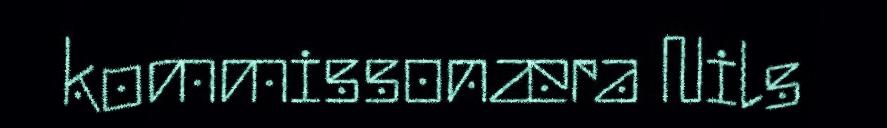
kommissonæra Nils